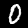
Digit: 0